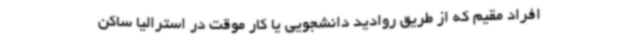
افراد مقیم که از طریق روادید دانشجویی یا کار موقت در استرالیا ساکن